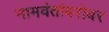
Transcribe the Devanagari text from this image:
नामवंतांबरोबर